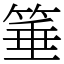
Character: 箠